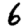
Digit: 6